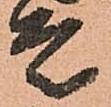
走